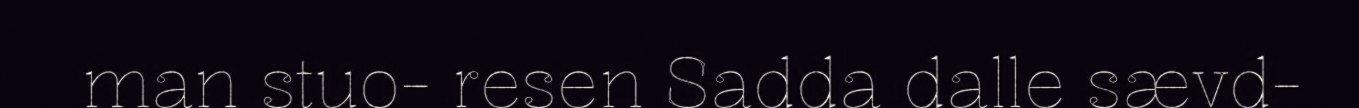
man stuo- resen Sadda dalle sævd-